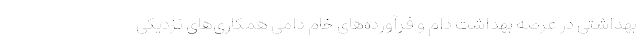
بهداشتی در عرصه بهداشت دام و فرآورده‌های خام دامی همکاری‌های نزدیکی